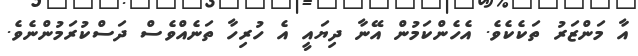
އާ މަންޒަރު ތަކެކެވެ. އެހެންކަމުން އޭނާ ދިޔައީ އެ ހުރިހާ ތަނެއްވެސް ދަސްކުރަމުންނެވެ.